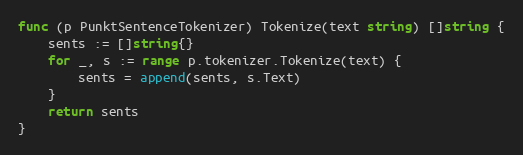
Language: Go
func (p PunktSentenceTokenizer) Tokenize(text string) []string {
	sents := []string{}
	for _, s := range p.tokenizer.Tokenize(text) {
		sents = append(sents, s.Text)
	}
	return sents
}